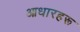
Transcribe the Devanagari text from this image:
आधारहरू